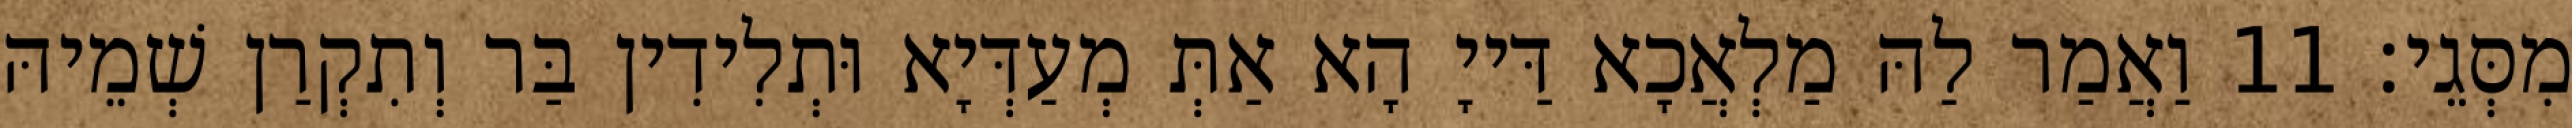
מִסְּגֵי׃ 11 וַאֲמַר לַהּ מַלְאֲכָא דַּייָ הָא אַתְּ מְעַדְּיָא וּתְלִידִין בַּר וְתִקְרַן שְׁמֵיהּ